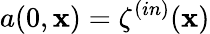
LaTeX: a(0,\mathbf{x})=\mathbf{\zeta}^{(in)}(\mathbf{x})